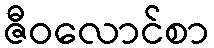
ဇီဝလောင်စာ